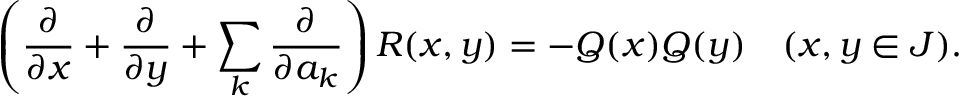
\left( { \frac { \partial } { \partial x } } + { \frac { \partial } { \partial y } } + \sum _ { k } { \frac { \partial } { \partial a _ { k } } } \right) R ( x , y ) = - Q ( x ) Q ( y ) \ \ \ ( x , y \in J ) .